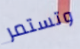
وتستمر